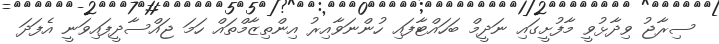
ސިރާޖު ވިދާޅުވީ މާފުށީގައި ނަދީމް ބަހައްޓާފައި ހުންނަވާއިރު އިންތިޒާމްތައް ހަމަ ޖައްސާދީފައިވަނީ އެފަދަ